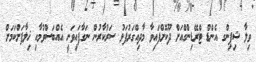
ވިލާ ޝިޕިންގ އެންޑް ޓްރޭޑިންގްއަށް ދޫކޮށްފައިވާ މާދިއްގަރުފަޅު ސަރުކާރުން ނަގާފައިވަނީ އެއްބަސްވުމާއި ޚިލާފަށްކަމަށް